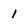
Character: 1